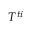
T ^ { t i }